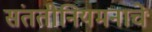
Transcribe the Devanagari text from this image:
संततीनियमनाचे